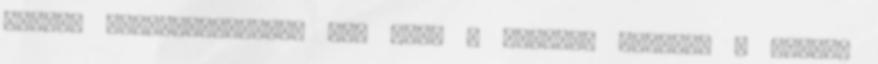
zuglói önkormányzatnak az, hogy a MTK-val kötött, a Lantos